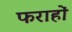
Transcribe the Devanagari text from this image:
फराहों